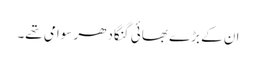
ان کے بڑے بھائی گنگادھر سوامی تھے۔